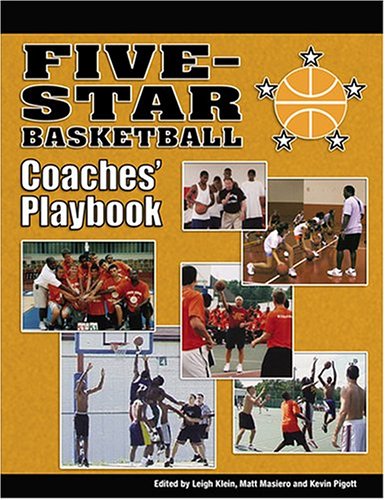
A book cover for Five-Star Basketball Coaches' Playbook; Kevin Pigott; Sports & Outdoors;